Lunatic asylums in Bengal annual reports 1888-1898 - 1888-1898
Year: 1888
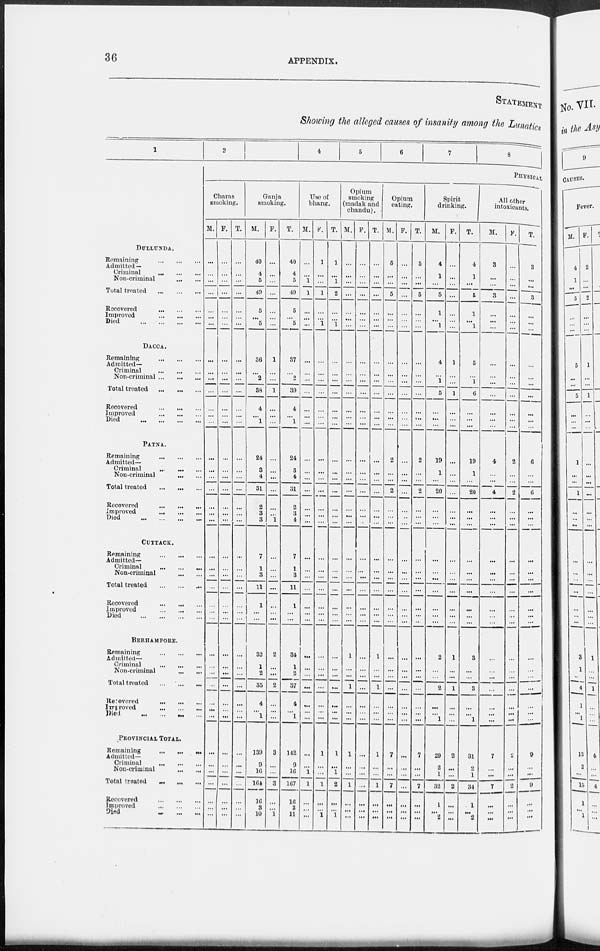
36
APPENDIX.
STATEMENT
Showing the alleged causes of insanity among the Lunatics
1
DULLUNDA.
Remaining
...
...
....
Admitted —
Criminal
...
...
...
Non-criminal
...
...
Total treated
...
...
Recovered
...
...
...
Improved
...
...
Died
...
...
...
...
DACCA.
Remaining
...
...
...
Admitted—
Criminal ... ... ...
Non-criminal
...
...
...
Total treated ... ... ...
Recovered
...
...
...
Improved
...
... ...
Died
...
...
...
...
PATNA.
Remaining ... ... ...
Admitted—
Criminal
...
...
...
Non-criminal
...
...
Total treated
...
...
...
Recovered ... ... ...
Improved
...
...
...
Died
...
...
...
...
CUTTACK.
Remaining
...
...
...
Admitted—
Criminal
...
...
...
Non-criminal
...
...
Total treated
...
...
...
Recovered
...
...
...
Improved
...
...
...
Died
...
...
...
...
BERHAMPORE.
Remaining
...
...
...
Admitted—
Criminal
...
...
...
Non-criminal
...
...
Total treated ... ... ...
Recovered
...
...
...
Improved
...
...
...
Died
...
...
...
...
PROVINCIAL TOTAL.
Remaining
...
...
...
Admitted—
Criminal ... ... ...
Non-criminal ... ...
Total treated
... ... ...
Recovered ... ... ...
Improved ... ... ...
Died ... ... ...
2
4
5
6
7
8
PHYSICAL
Charas
smoking.
M.
...
...
...
...
...
...
...
...
...
...
...
...
...
...
...
...
...
...
...
...
...
...
...
...
...
...
...
...
...
...
...
...
...
...
...
...
...
...
...
...
...
...
F.
...
...
...
...
...
...
...
...
...
...
...
...
...
...
...
...
...
...
...
...
...
...
...
...
...
...
...
...
...
...
...
...
...
...
...
...
...
...
...
...
...
...
T.
...
...
...
...
...
...
...
...
...
...
...
...
...
...
...
...
...
...
...
...
...
...
...
...
...
...
...
...
...
...
...
...
...
...
...
...
...
...
...
...
...
...
Ganja
smoking.
M.
40
4
5
40
5
...
5
36
...
2
38
4
...
1
24
3
4
31
2
3
3
7
1
3
11
1
...
...
32
...
...
35
4
...
1
139
9
...
164
16
3
10
F.
...
...
...
...
...
...
...
1
...
...
1
...
...
...
...
...
...
...
...
...
1
...
...
...
...
...
...
...
2
1
2
2
...
...
...
3
...
16
3
...
...
1
T.
40
4
5
49
5
...
5
37
...
...
39
4
...
1
24
3
4
31
2
3
1
7
1
3
11
1
...
...
34
...
...
37
4
...
1
142
9
16
167
16
3
11
Use of
bhang.
M.
...
...
1
1
...
...
...
...
...
...
...
...
...
...
...
...
...
...
...
...
4
...
...
...
...
...
...
...
...
1
...
...
...
...
...
...
...
1
1
...
...
...
F.
1
...
...
1
...
...
1
...
...
...
...
...
...
...
...
...
...
...
...
...
...
...
...
...
...
...
...
...
...
...
...
...
...
...
...
1
...
...
1
...
...
1
T.
1
...
1
2
...
...
1
...
...
...
...
...
...
...
...
...
...
...
...
...
...
...
...
...
...
...
...
...
...
...
...
...
...
...
...
1
...
1
2
...
...
1
Opium
smoking
(madak and
chandu).
M.
...
...
...
...
...
...
...
...
...
...
...
...
...
...
...
...
...
...
...
...
...
...
...
...
...
...
...
...
...
...
...
...
...
...
...
1
...
...
1
...
...
...
F.
...
...
...
...
...
...
...
...
...
...
...
...
...
...
...
...
...
...
...
...
...
...
...
...
...
...
...
...
1
...
...
1
...
...
...
...
...
...
...
...
...
...
T.
...
...
...
...
...
...
...
...
...
...
...
...
...
...
...
...
...
...
...
...
...
...
...
...
...
...
...
...
...
...
...
...
...
...
...
1
...
...
1
...
...
...
Opium
eating.
M.
5
...
...
5
...
...
...
...
...
...
...
...
...
...
2
...
...
2
...
...
...
...
...
...
...
...
...
...
1
...
...
1 ...
...
...
...
7
...
...
7
...
...
...
F.
...
...
...
...
...
...
...
...
...
...
...
...
...
...
...
...
...
...
...
...
...
...
...
...
...
...
...
...
...
...
...
...
...
...
...
...
...
...
...
...
...
...
T.
5
...
...
5
...
...
...
...
...
...
...
...
...
...
2
...
...
2
...
...
...
...
...
...
...
...
...
...
...
...
...
...
...
...
...
7
...
...
7
...
...
Spirit
drinking.
M.
4
1
...
5
1
...
1
4
...
1
5
...
...
...
19
1
...
20
...
...
...
...
...
...
...
...
...
...
2
...
...
2
...
...
1
29
2
1
32
1
...
2
F.
...
...
...
...
...
...
...
1
...
...
1
...
...
...
2
...
...
...
...
...
...
...
...
...
...
...
...
...
1
...
...
1
...
...
...
2
...
...
2
...
...
...
T.
4
1
...
5
1
...
1
5
...
1
6
...
...
...
19
1
...
20
...
...
...
...
...
...
...
...
...
...
3
...
...
3
...
...
1
31
2
1
34
1
...
2
All other
intoxicants.
M.
3
...
...
3
...
...
...
...
...
...
...
...
...
...
4
...
...
4
...
...
...
...
...
...
...
...
...
...
...
...
...
...
...
...
...
7
...
...
7
...
...
...
F.
...
...
...
...
...
...
...
...
...
...
...
...
...
...
2
...
...
2
...
...
...
...
...
...
...
...
...
...
...
...
...
...
...
...
...
2
...
...
2
...
...
...
T.
3
...
...
3
...
...
...
...
...
...
...
...
...
...
6
...
...
6
...
...
...
...
...
...
...
...
...
...
...
...
...
...
...
...
...
9
...
...
9
...
...
...